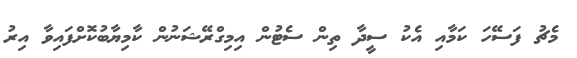
މެޗު ފަސޭހަ ކަމާއި އެކު ސީދާ ތިން ސެޓުން އިމިގްރޭޝަނުން ކާމިޔާބުކޮށްފައިވާ އިރު